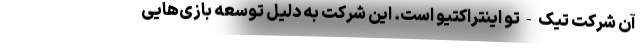
آن شرکت تیک-تو اینتراکتیو است. این شرکت به دلیل توسعهٔ بازی‌هایی